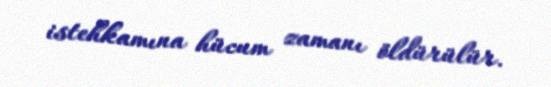
istehkamına hücum zamanı öldürülür.